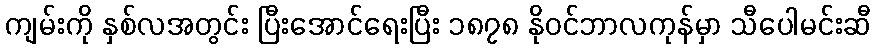
ကျမ်းကို နှစ်လအတွင်း ပြီးအောင်ရေးပြီး ၁၈၇၈ နိုဝင်ဘာလကုန်မှာ သီပေါမင်းဆီ